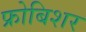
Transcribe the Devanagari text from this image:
फ्रोबिशर